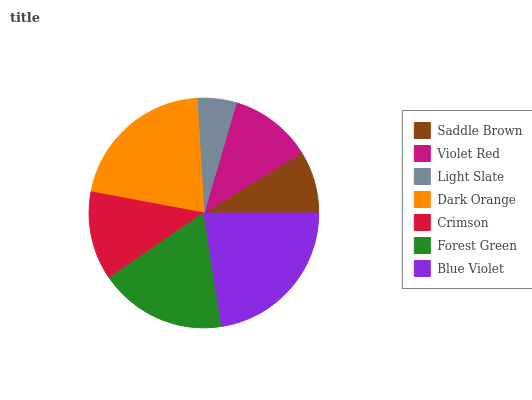
| Saddle Brown | Violet Red | Light Slate | Dark Orange | Crimson | Forest Green | Blue Violet |
 | --- | --- | --- | --- | --- | --- | --- |
 | 8.78% | 11.6% | 5.51% | 21.1% | 12.5% | 17.9% | 22.6% |